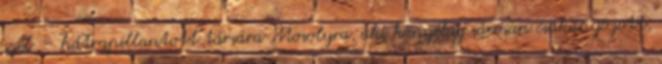
szél. – hátrapillantott társára Mosolyra, aki könyékig sárosan csákányozott,